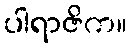
ပါရာဇိက။